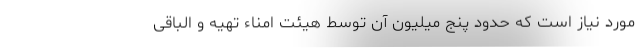
مورد نیاز است که حدود پنج میلیون آن توسط هیئت امناء تهیه و الباقی